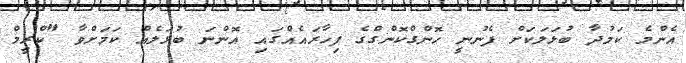
އެންމެ ކަމުދާ ބުޅަލަކަށް ފެނުނީ ހޮންގްކޮންގްގެ ފިހާރައެއްގައި އޮންްނަ ބުޅަލެއް ކަމަށްވާ "ކްރީމް